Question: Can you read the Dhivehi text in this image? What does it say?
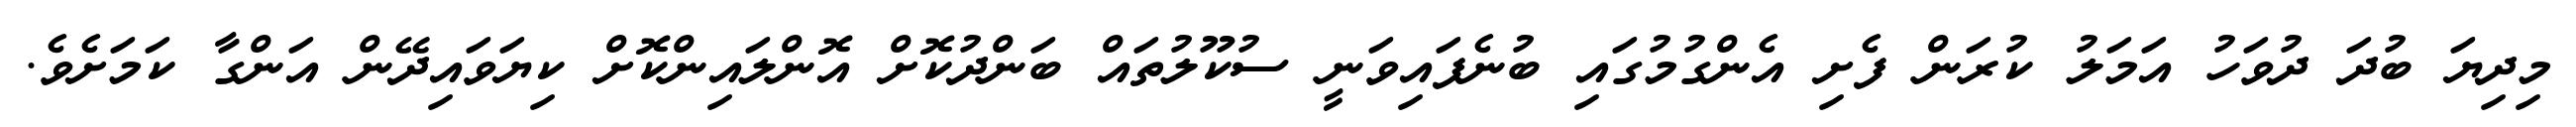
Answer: މިދިޔަ ބުދަ ދުވަހު އަމަލު ކުރަން ފެށި އެންގުމުގައި ބުނެފައިވަނީ ސުކޫލުތައް ބަންދުކޮށް އޮންލައިންކޮށް ކިޔަވައިދޭން އަންގާ ކަމަށެވެ.